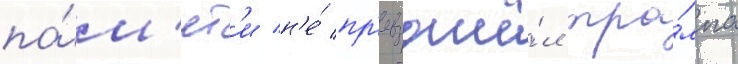
па́м'ят'и н'е́ пр'евзошё́л тра́мпа